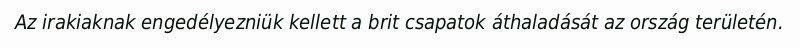
Az irakiaknak engedélyezniük kellett a brit csapatok áthaladását az ország területén.